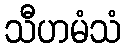
သီဟမံသံ